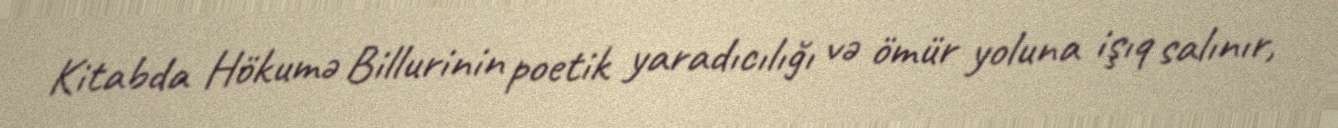
Kitabda Hökumə Billurinin poetik yaradıcılığı və ömür yoluna işıq salınır,